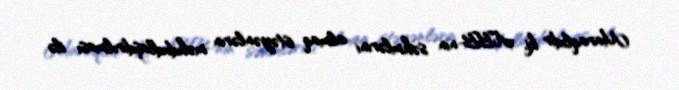
Maraqlıdır ki, ABB-nin səhmlərini almaq istəyənlərin məhdudlaşdırılması ilə